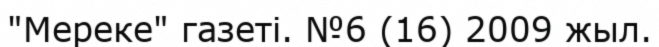
"Мереке" газеті. №6 (16) 2009 жыл.